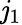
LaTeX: \mathit{j}_{1}